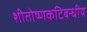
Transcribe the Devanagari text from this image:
शीतोष्णकटिबन्धीय